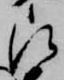
被